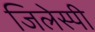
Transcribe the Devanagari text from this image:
जिलेस्पी